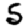
Digit: 5